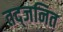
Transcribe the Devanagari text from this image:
तद्जनित